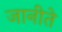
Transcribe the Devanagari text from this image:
जानीते